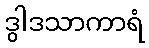
ဒွါဒသာကာရံ